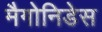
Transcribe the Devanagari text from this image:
मैगोनिडेस